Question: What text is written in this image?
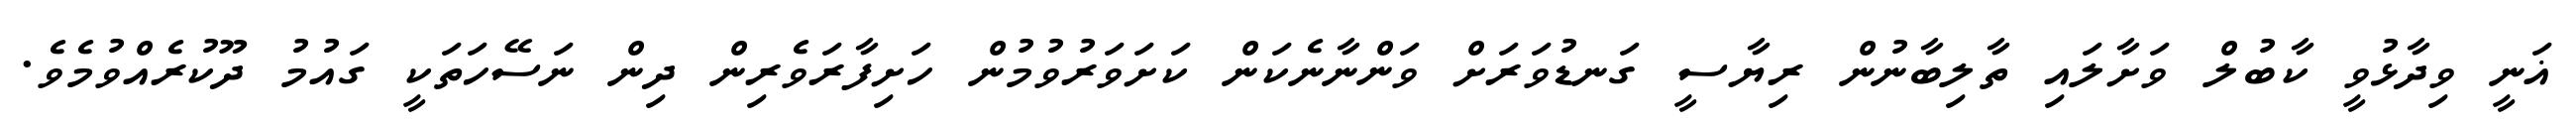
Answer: ޣަނީ ވިދާޅުވީ ކާބުލް ވަށާލައި ތާލިބާނުން ރިޔާސީ ގަނޑުވަރަށް ވަންނާނެކަން ކަށަވަރުވުމުން ހަށިފާރަވެރިން ދިން ނަސޭހަތަކީ ގައުމު ދޫކުރެއްވުމެވެ.